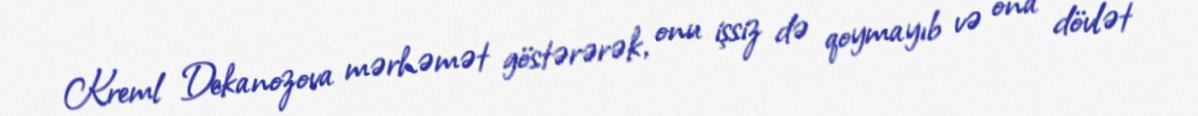
Kreml Dekanozova mərhəmət göstərərək, onu işsiz də qoymayıb və ona dövlət